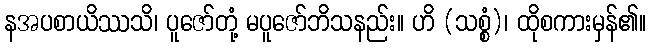
နအပစာယိဿသိ၊ ပူဇော်တုံ့ မပူဇော်ဘိသနည်း။ ဟိ (သစ္စံ)၊ ထိုစကားမှန်၏။